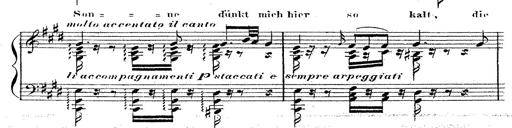
Title: 12 Lieder von Franz Schubert
Composer: Franz Liszt